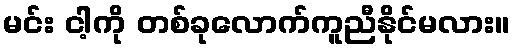
မင်း ငါ့ကို တစ်ခုလောက်ကူညီနိုင်မလား။